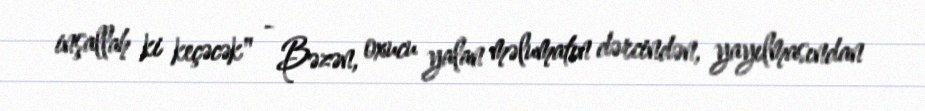
inşallah ki keçəcək" - Bəzən, oxucu yalan məlumatın dərcindən, yayılmasından